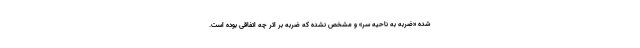
شده «ضربه به ناحیه سر» و مشخص نشده که ضربه بر اثر چه اتفاقی بوده است.